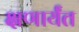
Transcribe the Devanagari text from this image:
क्षणार्यंत